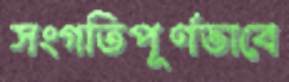
সংগতিপূর্ণভাবে